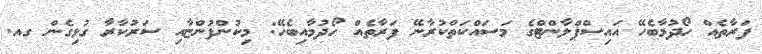
ފަރާތެއް ހޯދުމާބެހޭ އައިސްޕްލާންޓްގެ މަސައްކަތްކުރާނޭ ފަރާތެއް ހޯދުމާއިބެހޭ: މިކުންފުންޏާއި ސަރުކާރާ ގުޅިގެން ގއ.